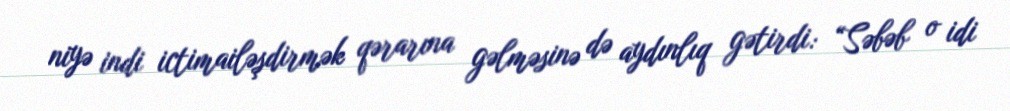
niyə indi ictimailəşdirmək qərarına gəlməsinə də aydınlıq gətirdi: “Səbəb o idi